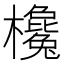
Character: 欃